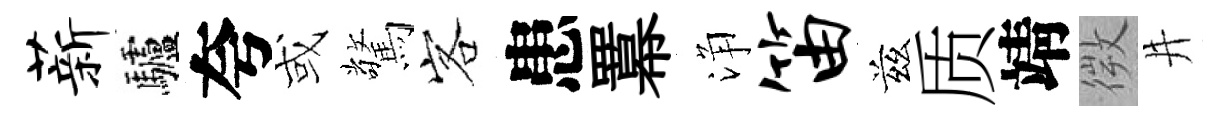
薪驢夸或驚客患羃浄笛兹质靖微井